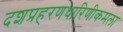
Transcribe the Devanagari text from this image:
दशप्रहरणधारिणीकमला